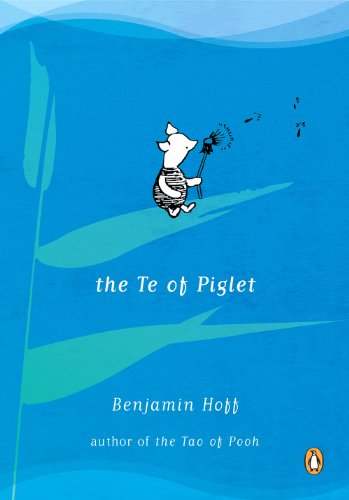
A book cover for The Te of Piglet; Benjamin Hoff; Humor & Entertainment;